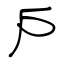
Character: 戶